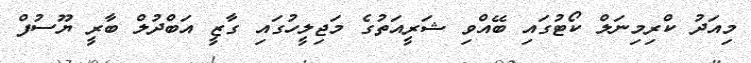
މިއަދު ކްރިމިނަލް ކޯޓުގައި ބޭއްވި ޝަރީއަތުގެ މަޖިލީހުގައި ގާޒީ އަބްދުލް ބާރީ ޔޫސުފް